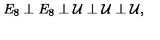
E _ { 8 } \perp E _ { 8 } \perp { \cal U } \perp { \cal U } \perp { \cal U } ,